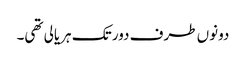
دونوں طرف دور تک ہریالی تھی۔